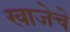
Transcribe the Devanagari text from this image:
खाजेचे